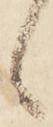
候